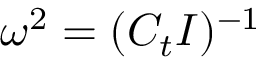
\omega ^ { 2 } = ( C _ { t } I ) ^ { - 1 }